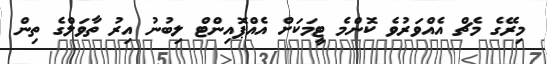
މިރޭގެ މެޗް އެއްވަރުވެ ކޮންމެ ޓީމަކަށް އެއްޕޮއިންޓް ލިބުނު އިރު ތާވަލްގެ ތިން